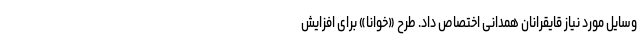
وسایل مورد نیاز قایقرانان همدانی اختصاص داد. طرح «خوانا» برای افزایش